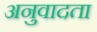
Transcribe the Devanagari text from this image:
अनुवादता